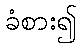
ခံစား၍